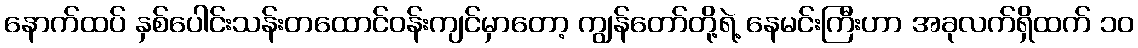
နောက်ထပ် နှစ်ပေါင်းသန်းတထောင်ဝန်းကျင်မှာတော့ ကျွန်တော်တို့ရဲ့ နေမင်းကြီးဟာ အခုလက်ရှိထက် ၁၀